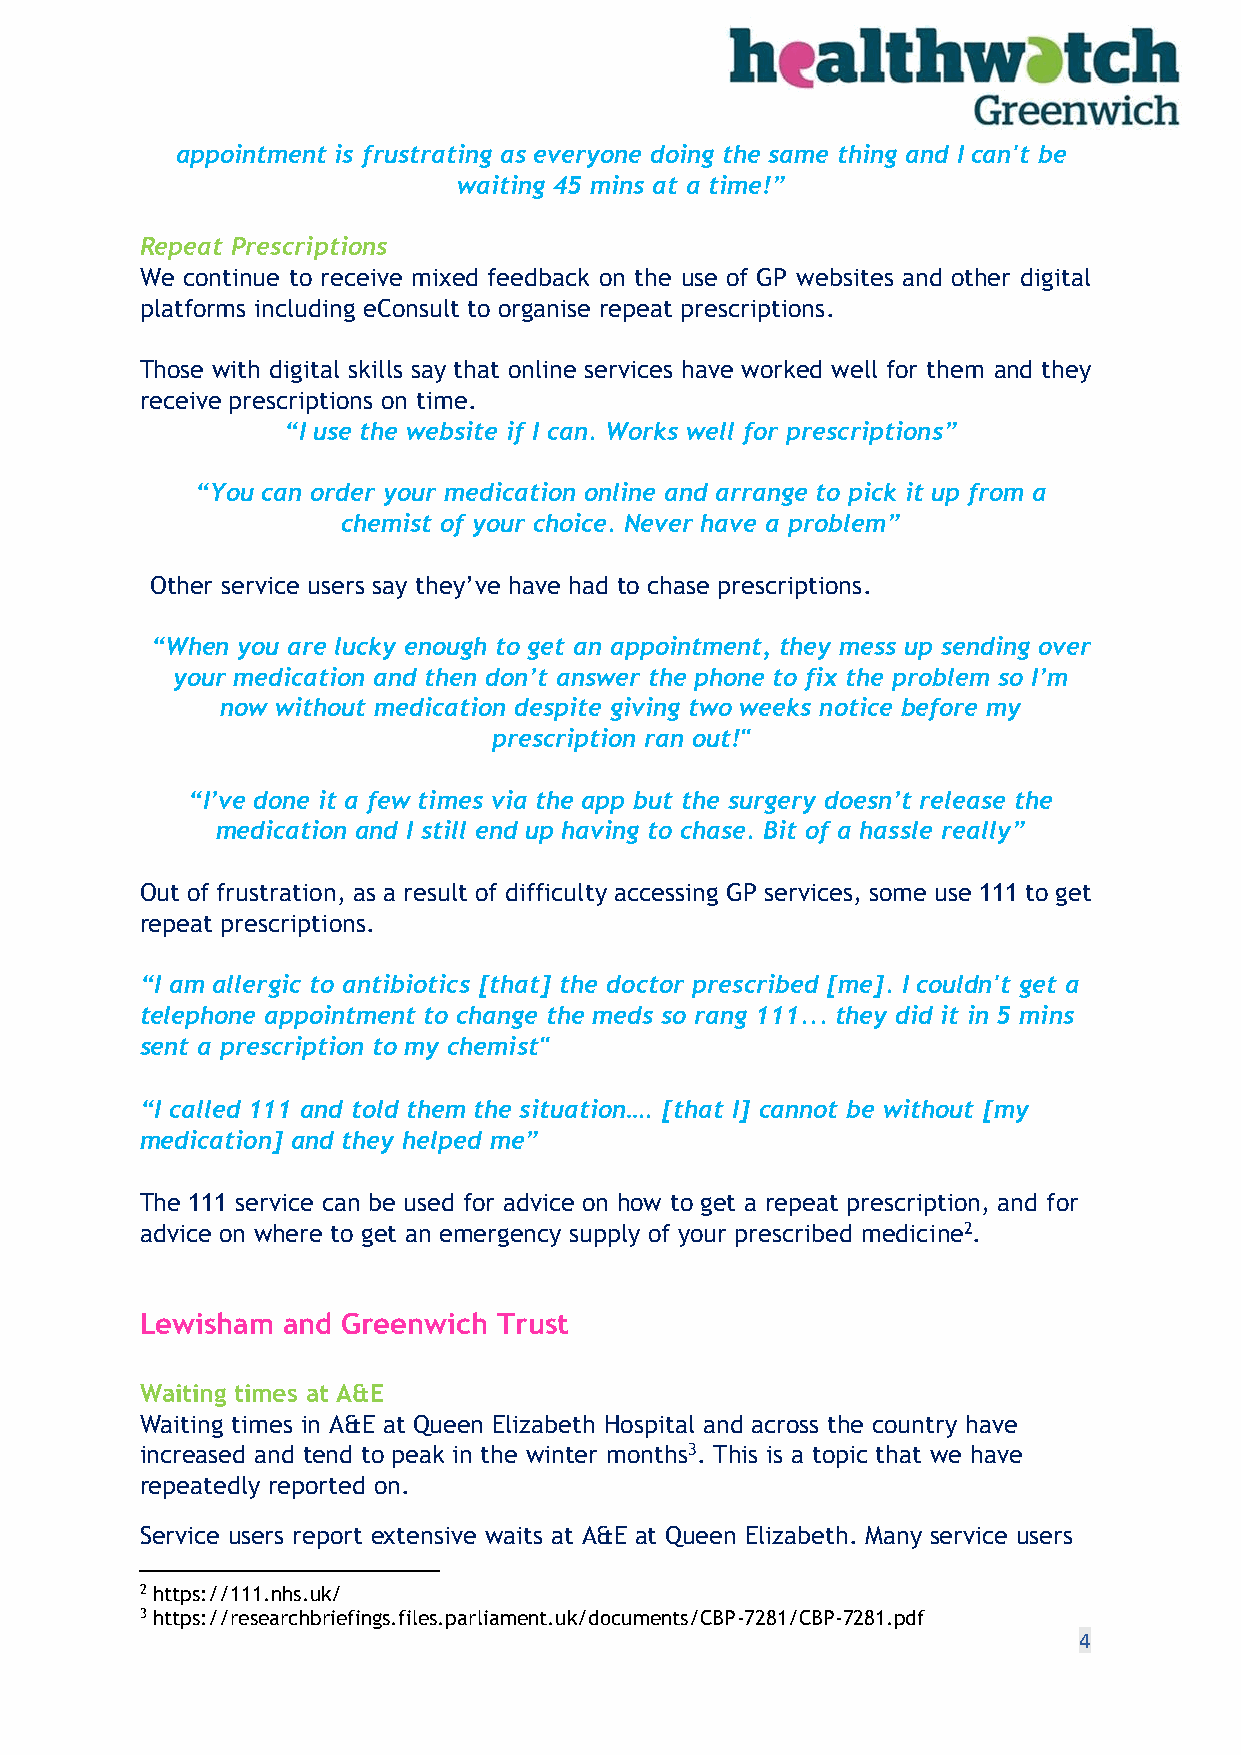
appointment is frustrating as everyone doing the same thing and I can't be
 waiting 45 mins at a time!”
 Repeat Prescriptions
 We continue to receive mixed feedback on the use of GP websites and other digital
 platforms including eConsult to organise repeat prescriptions.
 Those with digital skills say that online services have worked well for them and they
 receive prescriptions on time.
 “I use the website if I can. Works well for prescriptions”
 “You can order your medication online and arrange to pick it up from a
 chemist of your choice. Never have a problem”
 Other service users say they’ve have had to chase prescriptions.
 “When you are lucky enough to get an appointment, they mess up sending over
 your medication and then don’t answer the phone to fix the problem so I’m
 now without medication despite giving two weeks notice before my
 prescription ran out!"
 “I’ve done it a few times via the app but the surgery doesn’t release the
 medication and I still end up having to chase. Bit of a hassle really”
 Out of frustration, as a result of difficulty accessing GP services, some use 111 to get
 repeat prescriptions.
 “I am allergic to antibiotics [that] the doctor prescribed [me]. I couldn't get a
 telephone appointment to change the meds so rang 111... they did it in 5 mins
 sent a prescription to my chemist"
 “I called 111 and told them the situation…. [that I] cannot be without [my
 medication] and they helped me”
 The 111 service can be used for advice on how to get a repeat prescription, and for
 advice on where to get an emergency supply of your prescribed medicine2.
 Lewisham  and Greenwich Trust
 Waiting times at A&E
 Waiting times in A&E at Queen Elizabeth Hospital and across the country have
 increased and tend to peak in the winter months3. This is a topic that we have
 repeatedly reported on.
 Service users report extensive waits at A&E at Queen Elizabeth. Many service users
 2 https://111.nhs.uk/
 3 https://researchbriefings.files.parliament.uk/documents/CBP-7281/CBP-7281.pdf
 4